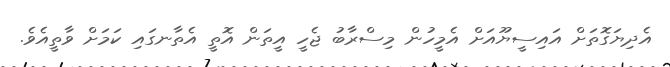
އެދިޔަގޮތަށް އައިސީޔޫއަށް އެމީހުން މިސްރާބު ޖެހީ އީތަން އޮތީ އެތާނގައި ކަމަށް ވާތީއެވެ.